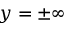
y = \pm \infty